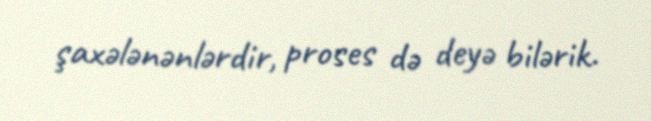
şaxələnənlərdir, proses də deyə bilərik.